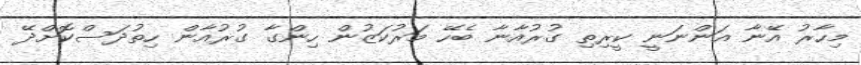
މިހާރު އޭނާ އަންނަނީ ކީރިތި ގުރުއާނާ ބެހޭ މަރުކަޒުން ހިންގާ ގުރުއާން ހިތުދަސްކޮށްދޭ